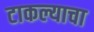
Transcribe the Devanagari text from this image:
टाकल्याचा